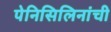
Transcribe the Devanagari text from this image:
पेनिसिलिनांची